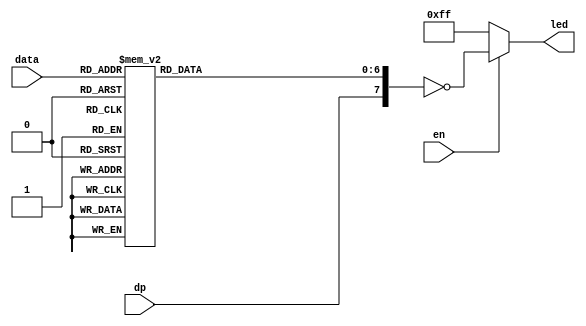
`default_nettype none

module sseg_dec(
	input wire				en,
	input wire				dp,
	input wire [3:0]  data,
	output wire [7:0] led
	);

	assign led = en ? ~{dp, dec(data)} : 8'b11111111;
	//assign led = ~dec(data);

	function [6:0] dec;
		input [3:0] data_in;
		begin
			case(data_in)
				4'h0 : dec = 7'b0111111;
				4'h1 : dec = 7'b0000110;
				4'h2 : dec = 7'b1011011;
				4'h3 : dec = 7'b1001111;
				4'h4 : dec = 7'b1100110;
				4'h5 : dec = 7'b1101101;
				4'h6 : dec = 7'b1111101;
				4'h7 : dec = 7'b0100111;
				4'h8 : dec = 7'b1111111;
				4'h9 : dec = 7'b1101111;
				4'ha : dec = 7'b1110111;
				4'hb : dec = 7'b1111100;
				4'hc : dec = 7'b1011000;
				4'hd : dec = 7'b1011110;
				4'he : dec = 7'b1111001;
				4'hf : dec = 7'b1110001;
				default: dec = 7'b0000000;
			endcase
		end
	endfunction
endmodule